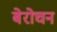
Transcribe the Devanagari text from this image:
बेरोचन